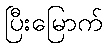
ပြီးမြောက်